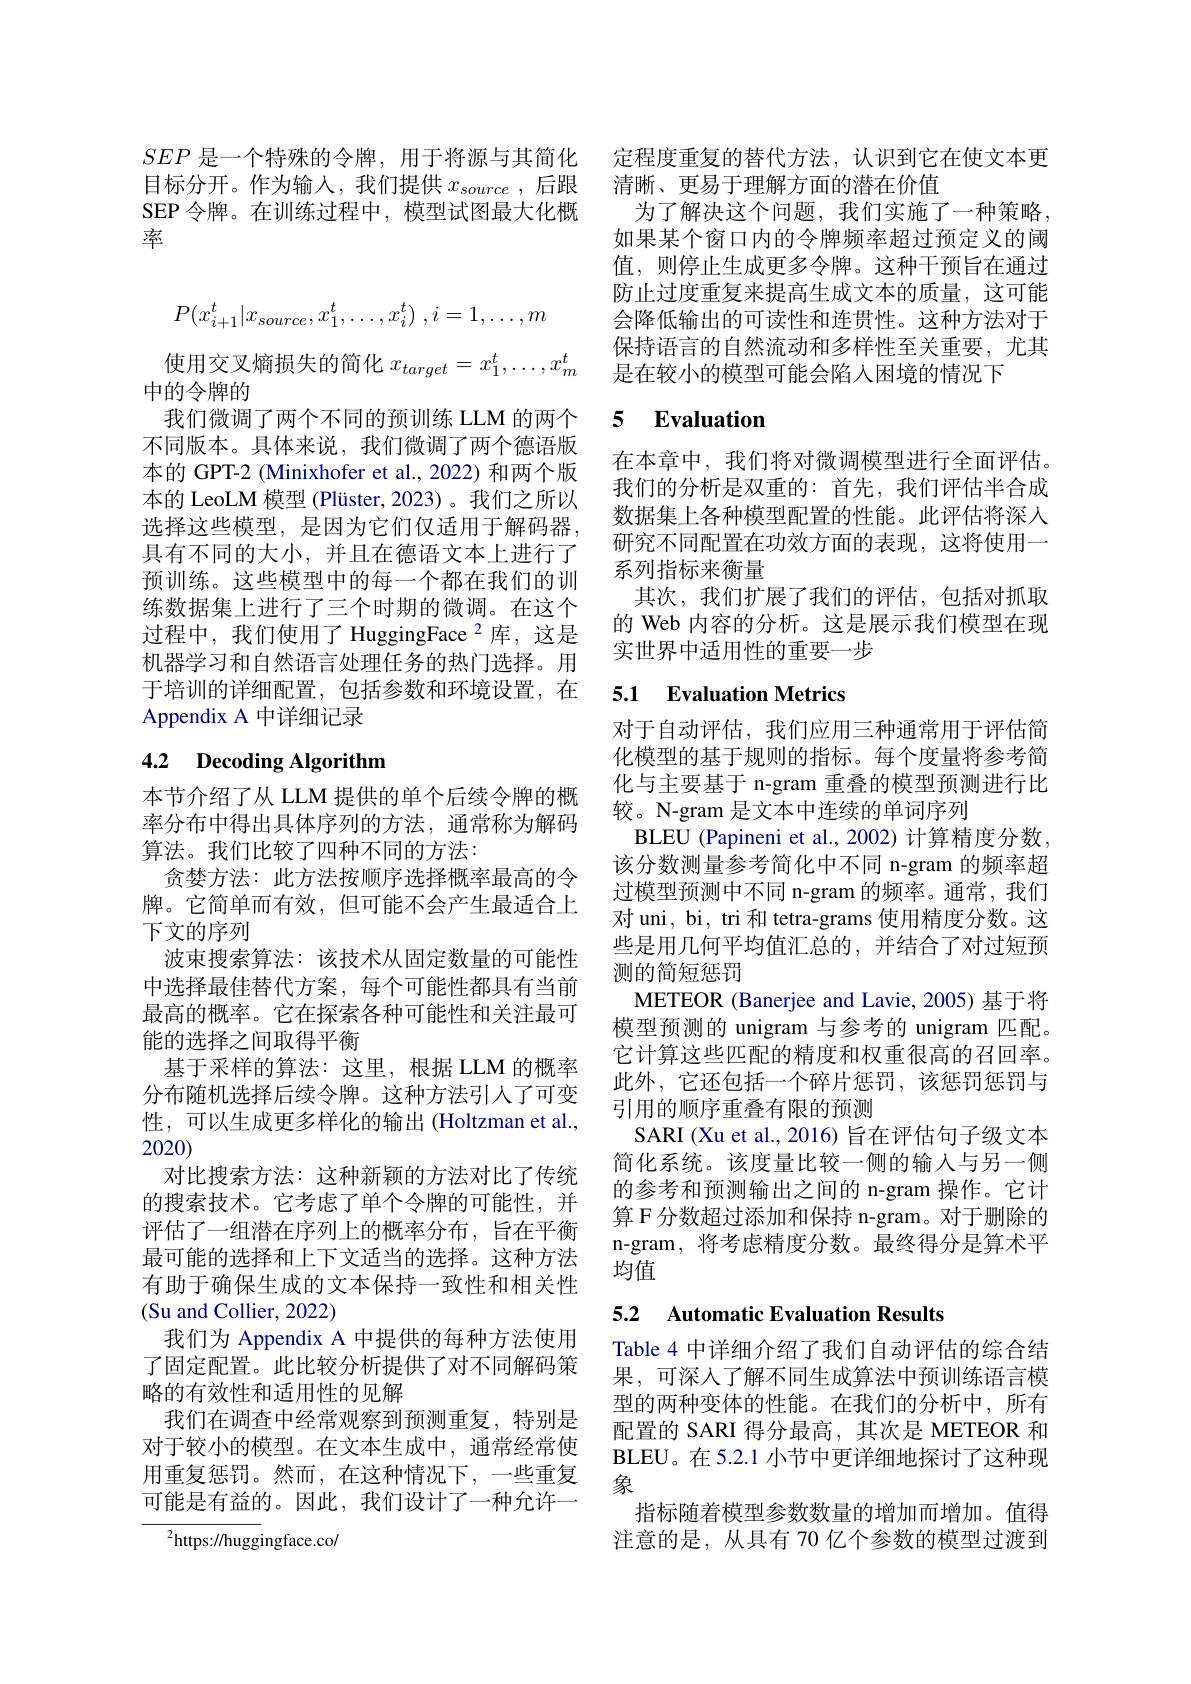
$SEP$是一个特殊的令牌，用于将源与其简化 定程度重复的替代方法，认识到它在使文本更
目标分开。作为输入，我们提供$x_{source}$ ,后跟 清晰、更易于理解方面的潜在价值
SEP 令牌。在训练过程中，模型试图最大化概
率
$$P(x_{i+1}^t|x_{source},x_1^t,\ldots,x_i^t)\:,i=1,\ldots,m$$
使用交叉熵损失的简化$x_{target}=x_1^t,\ldots,x_m^t$
中的令牌的
我们微调了两个不同的预训练 LLM 的两个不同版本。具体来说，我们微调了两个德语版本的 GPT-2 (Minixhofer et al., 2022) 和两个版本的 LeoLM 模型 (Plüster, 2023)。我们之所以选择这些模型，是因为它们仅适用于解码器， 具有不同的大小，并且在德语文本上进行了预训练。这些模型中的每一个都在我们的训练数据集上进行了三个时期的微调。在这个过程中，我们使用了 HuggingFace $^2$库，这是机器学习和自然语言处理任务的热门选择。用于培训的详细配置，包括参数和环境设置，在Appendix A 中详细记录

# 4.2 Decoding Algorithm

本节介绍了从 LLM 提供的单个后续令牌的概率分布中得出具体序列的方法，通常称为解码算法。我们比较了四种不同的方法：
贪婪方法：此方法按顺序选择概率最高的令牌。它简单而有效，但可能不会产生最适合上下文的序列
波束搜索算法：该技术从固定数量的可能性中选择最佳替代方案，每个可能性都具有当前最高的概率。它在探索各种可能性和关注最可能的选择之间取得平衡
基于采样的算法：这里，根据 LLM 的概率分布随机选择后续令牌。这种方法引人了可变性，可以生成更多样化的输出(Holtzman et al., 2020)
对比搜索方法：这种新颖的方法对比了传统的搜索技术。它考虑了单个令牌的可能性，并评估了一组潜在序列上的概率分布，旨在平衡最可能的选择和上下文适当的选择。这种方法有助于确保生成的文本保持一致性和相关性(Su and Collier, 2022)
我们为 Appendix A 中提供的每种方法使用了固定配置。此比较分析提供了对不同解码策略的有效性和适用性的见解
我们在调查中经常观察到预测重复，特别是对于较小的模型。在文本生成中，通常经常使用重复惩罚。然而，在这种情况下，一些重复可能是有益的。因此，我们设计了一种允许一
$^{2}$https://huggingface.co/

为了解决这个问题，我们实施了一种策略， 如果某个窗口内的令牌频率超过预定义的阈值，则停止生成更多令牌。这种干预旨在通过防止过度重复来提高生成文本的质量，这可能会降低输出的可读性和连贯性。这种方法对于保持语言的自然流动和多样性至关重要，尤其是在较小的模型可能会陷人困境的情况下

### 5 $\textbf{Evaluation}$

在本章中，我们将对微调模型进行全面评估。我们的分析是双重的：首先，我们评估半合成数据集上各种模型配置的性能。此评估将深人研究不同配置在功效方面的表现，这将使用一系列指标来衡量
其次，我们扩展了我们的评估，包括对抓取的 Web 内容的分析。这是展示我们模型在现实世界中适用性的重要一步

### 5.1 Evaluation Metrics

对于自动评估，我们应用三种通常用于评估简化模型的基于规则的指标。每个度量将参考简化与主要基于 n-gram 重叠的模型预测进行比较。N-gram 是文本中连续的单词序列
BLEU (Papineni et al., 2002) 计算精度分数， 该分数测量参考简化中不同 n-gram 的频率超过模型预测中不同 n-gram 的频率。通常，我们对 uni, bi, tri 和 tetra-grams 使用精度分数。这些是用几何平均值汇总的，并结合了对过短预测的简短惩罚
METEOR (Banerjee and Lavie, 2005) 基于将模型预测的 unigram 与参考的 unigram 匹配。它计算这些匹配的精度和权重很高的召回率。此外，它还包括一个碎片惩罚，该惩罚惩罚与引用的顺序重叠有限的预测
SARI (Xu et al., 2016) 旨在评估句子级文本简化系统。该度量比较一侧的输入与另一侧的参考和预测输出之间的 n-gram 操作。它计算 F 分数超过添加和保持 n-gram。对于删除的n-gram,将考虑精度分数。最终得分是算术平均值

## 5.2 Automatic Evaluation Results

Table 4 中详细介绍了我们自动评估的综合结果，可深入了解不同生成算法中预训练语言模型的两种变体的性能。在我们的分析中，所有配置的 SARI 得分最高，其次是 METEOR 和BLEU。在 5.2.1 小节中更详细地探讨了这种现象
指标随着模型参数数量的增加而增加。值得注意的是，从具有 70 亿个参数的模型过渡到